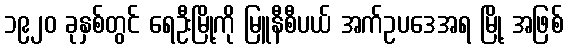
၁၉၂၀ ခုနှစ်တွင် ရေဦးမြို့ကို မြူနီစီပယ် အက်ဥပဒေအရ မြို့ အဖြစ်